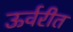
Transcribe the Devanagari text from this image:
ऊर्वरीत